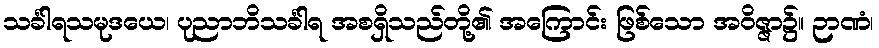
သင်္ခါရသမုဒယေ၊ ပုညာဘိသင်္ခါရ အစရှိသည်တို့၏ အကြောင်း ဖြစ်သော အဝိဇ္ဇာ၌။ ဉာဏံ၊